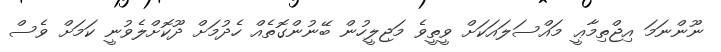
ނޫންނަމަ އިޖްތިމާޢީ މައްސަލައަކަށް ވީތީވެ މަޖިލީހުން ބޭނުންގޮތެއް ހެދުމަށް ދޫކޮށްލެވުނީ ކަމަށް ވެސް